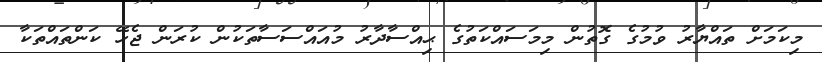
މިކަމަށް ތައްޔާރު ވުމުގެ ގޮތުން މިމަސައްކަތުގެ ޙިއްސާދާރު މުއައްސަސާތަކުން ކުރަން ޖެހޭ ކަންތައްތަކާ